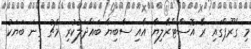
މި ގްރޫޕްގައި ރޭ އޮސްޓްރޭލިޔާ އާއި ސާބިޔާ ބައްދަލުކުރި މެޗު ގިނަ ބަޔަކު